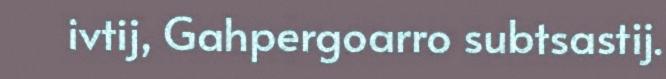
ivtij, Gahpergoarro subtsastij.